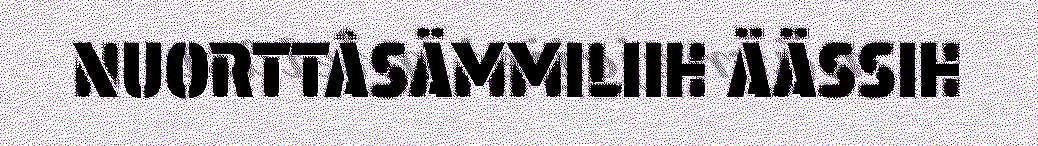
NUORTTÂSÄMMILIIH ÄÄSSIH